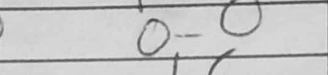
Transcription: O-O